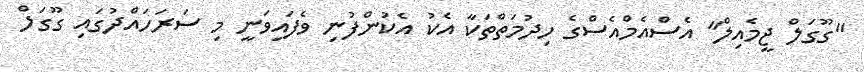
"ގޫގަލް ޖީމެއިލް" އެސްއެމްއެސްގެ ހިދުމަތްތަކާ އެކު އެކުންފުނި ވެފައިވަނީ މި ސަރަހައްދުގައި ގޫގަލް